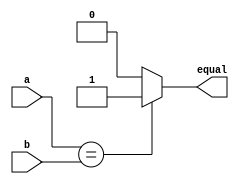
module Equal(a, b, equal);
  input [31:0] a, b;
  output wire equal;

  assign equal = (a==b) ? 1'b1 : 1'b0;
endmodule